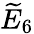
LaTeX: {\widetilde{E}}_{6}